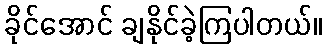
ခိုင်အောင် ချနိုင်ခဲ့ကြပါတယ်။